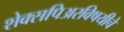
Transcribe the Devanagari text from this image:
शेक्सपिअरविषयीचे